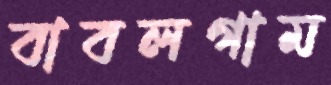
বাবলগাম